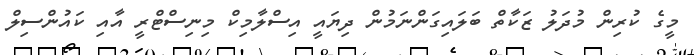
މީގެ ކުރިން މުދަލު ޒަކާތް ބަލައިގަންނަމުން ދިޔައީ އިސްލާމިކް މިނިސްޓްރީ އާއި ކައުންސިލް